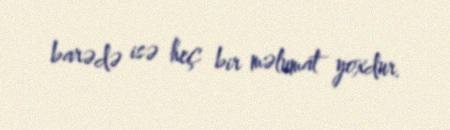
barədə isə heç bir məlumat yoxdur.